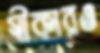
স্বীকারও